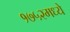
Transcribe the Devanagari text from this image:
१७५२मध्ये